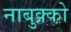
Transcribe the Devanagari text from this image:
नाबुक्को